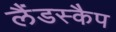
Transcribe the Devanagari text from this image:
लैंडस्कैप